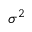
\sigma ^ { 2 }